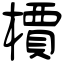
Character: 檟